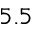
5 . 5